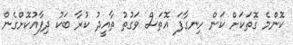
ކޮންމެ ގޮތަކަށް ކަން ހިނގާފަ އޮތަސް ވަގުތު ތާއީދު ކުރާ ބަަކު ދިފާއުކޮށްގެން